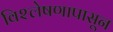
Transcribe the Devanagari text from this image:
विश्लेषणापासून